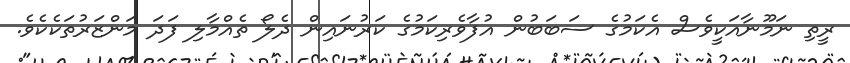
ރީތި ނަމޫނާއަކީވެސް އެކަމުގެ ސަބަބުން އުފާވެރިކަމުގެ ކަރުނައިން ދެލޯ ތެއްމާލި ފަދަ މަންޒަރުތަކެކެވެ.